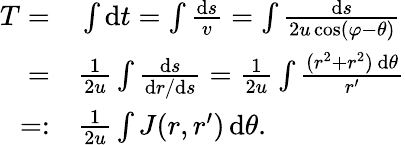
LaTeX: \begin{array}{rl}{T=}&{{}\int\mathrm{d}t=\int\frac{\mathrm{d}s}{v}=\int\frac{\mathrm{d}s}{2u\cos(\varphi-\theta)}}\\ {=}&{{}\frac{1}{2u}\int\frac{\mathrm{d}s}{\mathrm{d}r/\mathrm{d}s}=\frac{1}{2u}\int\frac{(r^{2}+r^{2})\, \mathrm{d}\theta}{r^{\prime}}}\\ {=:}&{{}\frac{1}{2u}\int J(r,r^{\prime})\, \mathrm{d}\theta.}\end{array}